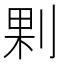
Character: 𠜴